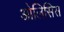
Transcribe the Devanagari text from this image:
ओलिसिस